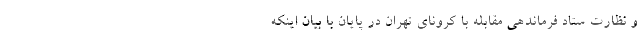
و نظارت ستاد فرماندهی مقابله با کرونای تهران در پایان با بیان اینکه